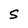
Character: S